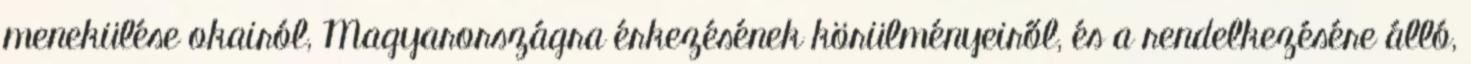
menekülése okairól, Magyarországra érkezésének körülményeiről, és a rendelkezésére álló,